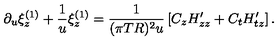
\partial _ { u } \xi _ { z } ^ { ( 1 ) } + { \frac { 1 } { u } } \xi _ { z } ^ { ( 1 ) } = { \frac { 1 } { ( \pi T R ) ^ { 2 } u } } \left[ C _ { z } H _ { z z } ^ { \prime } + C _ { t } H _ { t z } ^ { \prime } \right] .